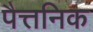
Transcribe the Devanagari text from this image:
पैत्तनिक